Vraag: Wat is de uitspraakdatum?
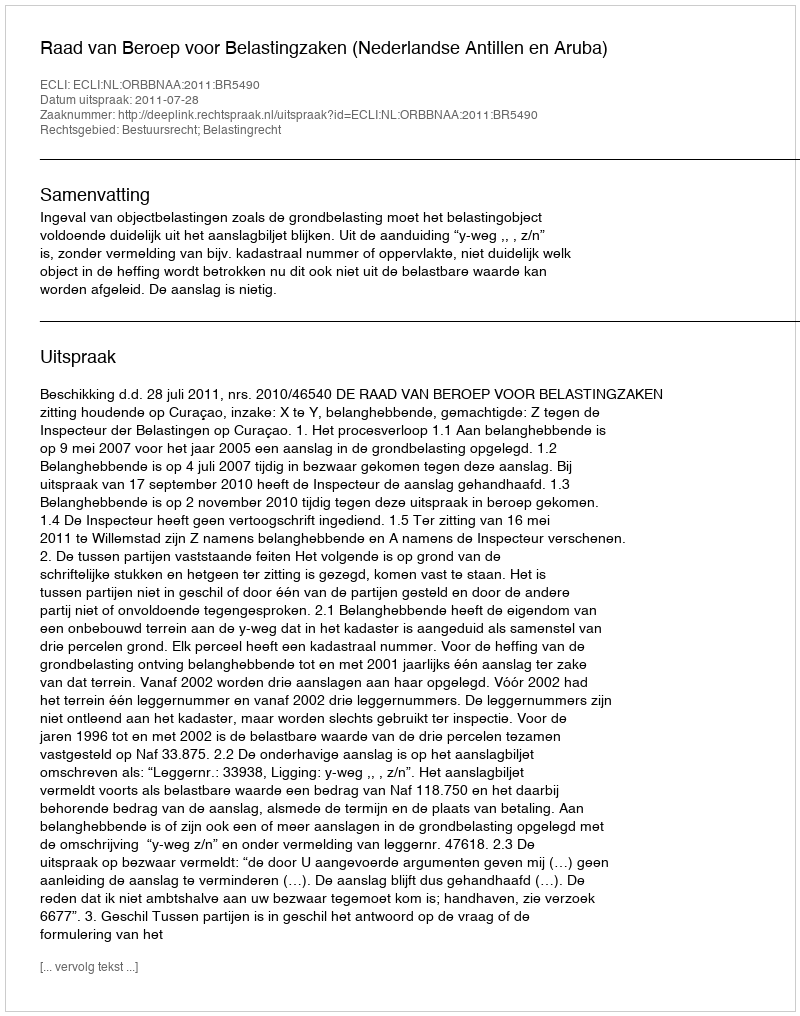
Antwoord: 2011-07-28